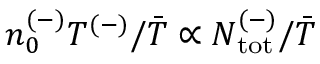
n _ { 0 } ^ { ( - ) } T ^ { ( - ) } / \bar { T } \propto N _ { \mathrm { { t o t } } } ^ { ( - ) } / \bar { T }